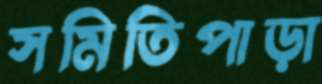
সমিতিপাড়া